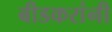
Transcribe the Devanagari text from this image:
बीडकरांनी